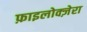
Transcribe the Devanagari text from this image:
फ़ाइलोक्ज़ेरा